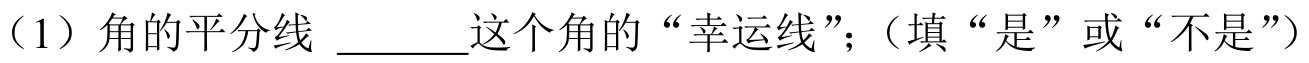
（1）角的平分线 \underline{\qquad}这个角的“幸运线”；（填“是”或“不是”）